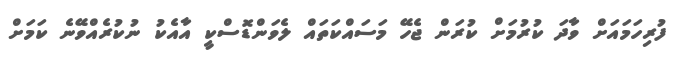
ފުރިހަމައަށް ވާދަ ކުރުމަށް ކުރަން ޖެހޭ މަސައްކަތައް ލެވަންޑޮސްކީ އާއެކު ނުކުރެއްވޭނެ ކަމަށް